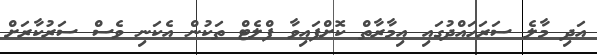
އަދި މާލެ ސަރަހައްދުގައި އިމާރާތް ކޮށްފައިވާ ފްލެޓް ތަކުން އެކަނި ވެސް ސަރުކާރަށް